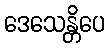
ဒေသေန္တိပေ